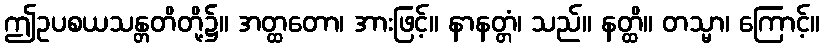
ဤဥပစယသန္တတိတို့၌။ အတ္ထတော၊ အားဖြင့်။ နာနတ္တံ၊ သည်။ နတ္ထိ။ တသ္မာ၊ ကြောင့်။